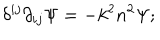
LaTeX: \delta ^ { i j } \partial _ { i j } \Psi = - k ^ { 2 } n ^ { 2 } \Psi ;